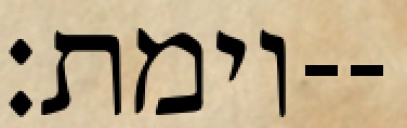
וימת׃--